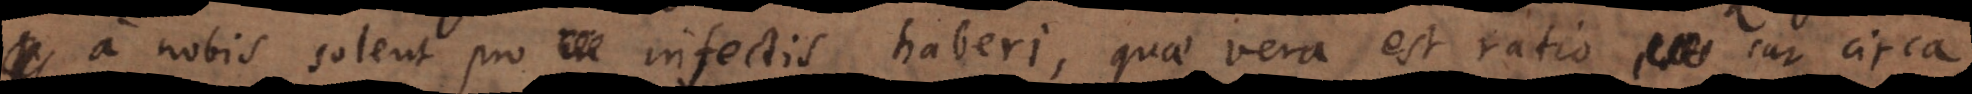
a nobis solent pro infectis haberi, quae vera est ratio cur circa